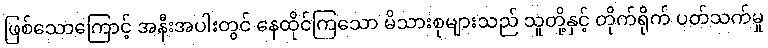
ဖြစ်သောကြောင့် အနီးအပါးတွင် နေထိုင်ကြသော မိသားစုများသည် သူတို့နှင့် တိုက်ရိုက် ပတ်သက်မှု